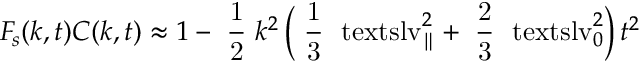
\ensuremath { F _ { \! s } } ( k , t ) C ( k , t ) \approx 1 - \mathrm { \small ~ \displaystyle \frac { 1 } { 2 } ~ } k ^ { 2 } \left( \mathrm { \small ~ \displaystyle \frac { 1 } { 3 } ~ } \ensuremath { \mathrm { \ t e x t s l { v } } _ { \parallel } } ^ { 2 } + \mathrm { \small ~ \displaystyle \frac { 2 } { 3 } ~ } \ensuremath { \mathrm { \ t e x t s l { v } } _ { 0 } } ^ { 2 } \right) t ^ { 2 }